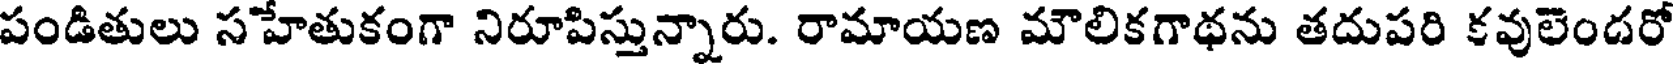
పండితులు సహేతుకంగా నిరూపిస్తున్నారు. రామాయణ మౌలికగాథను తదుపరి కవులెందరో